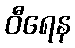
ဝီရေန